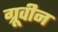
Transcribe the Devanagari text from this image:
ग्रूवीन